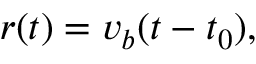
r ( t ) = v _ { b } ( t - t _ { 0 } ) ,